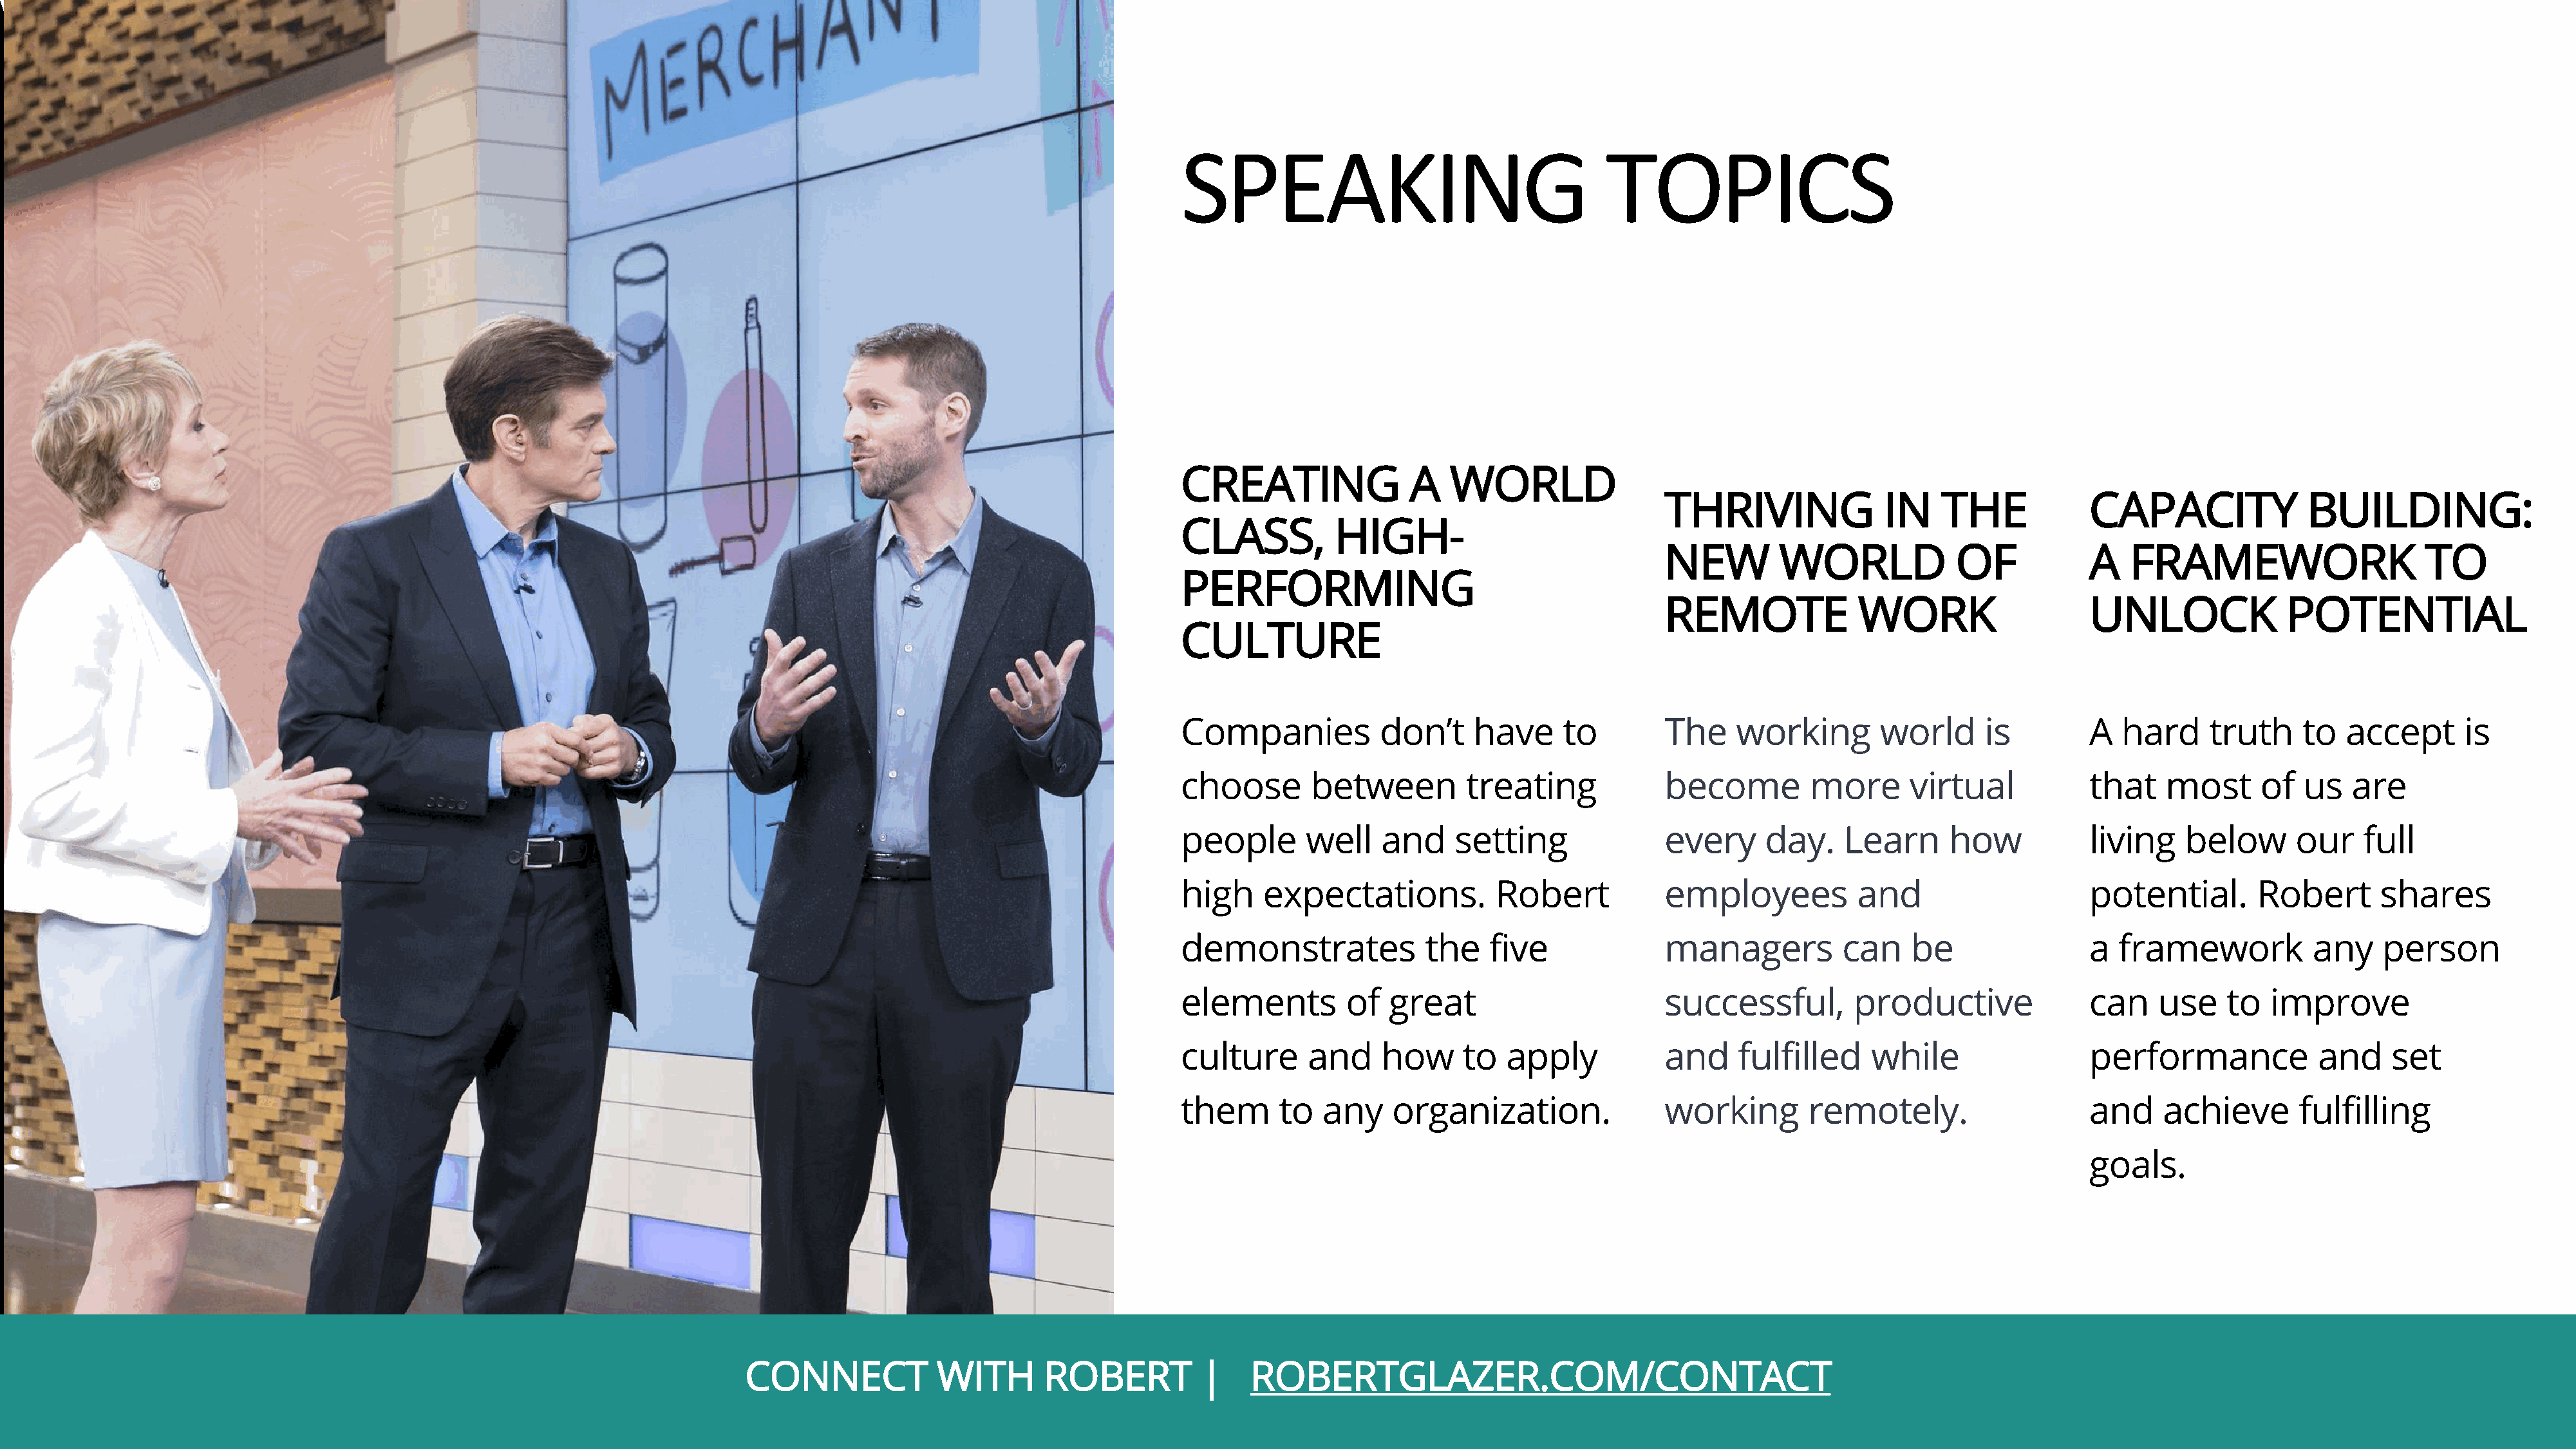
SPEAKING                                    TOPICS
 CREATING                A   WORLD
 THRIVING               IN    THE            CAPACITY              BUILDING:
 CLASS,          HIGH-
 NEW         WORLD             OF            A   FRAMEWORK                     TO
 PERFORMING
 REMOTE              WORK                    UNLOCK              POTENTIAL
 CULTURE
 Companies            don’t    have      to        The    working        world      is         A  hard     truth     to  accept      is
 choose        between         treating            become         more      virtual            that    most     of   us   are
 people       well    and     setting              every     day.     Learn     how            living    below      our    full
 high     expectations.           Robert           employees           and                     potential.       Robert       shares
 demonstrates              the   five              managers          can    be                 a  framework           any    person
 elements         of   great                       successful,         productive              can    use    to  improve
 culture      and     how     to   apply           and     fulfilled    while                  performance            and     set
 them      to   any    organization.               working        remotely.                    and    achieve       fulfilling
 goals.
 CONNECT            WITH       ROBERT          |     ROBERTGLAZER.COM/CONTACT